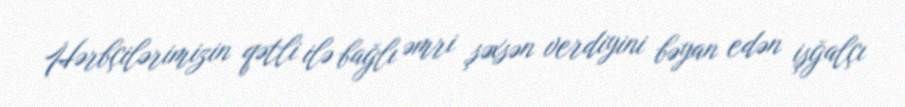
Hərbçilərimizin qətli ilə bağlı əmri şəxsən verdiyini bəyan edən işğalçı